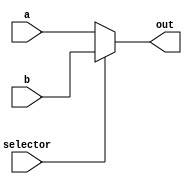
`timescale 1ns / 1ps

module mux_5bit(
	output [4:0] out,

	input [4:0] a,
	input [4:0] b,
	input selector
);

	assign out = (selector)? b : a;

endmodule